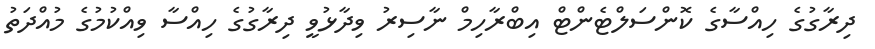
ދިރާގުގެ ހިއްސާގެ ކޮންސަލްޓެންޓް އިބްރާހިމް ނާސިރު ވިދާޅުވީ ދިރާގުގެ ހިއްސާ ވިއްކުމުގެ މުއްދަތު